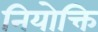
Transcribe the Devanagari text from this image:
नियोक्ति